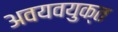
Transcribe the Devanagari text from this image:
अवयवयुक्त